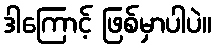
ဒါကြောင့် ဖြစ်မှာပါပဲ။